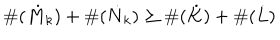
\# ( \dot { M } _ { k } ) + \# ( \dot { N } _ { k } ) \geq \# ( \dot { K } ) + \# ( \dot { L } )